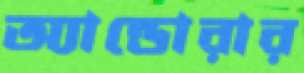
অ্যান্ডোরার